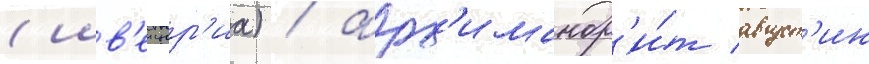
(шв'еицар'иа) / арх'имандр'и́т август'ин